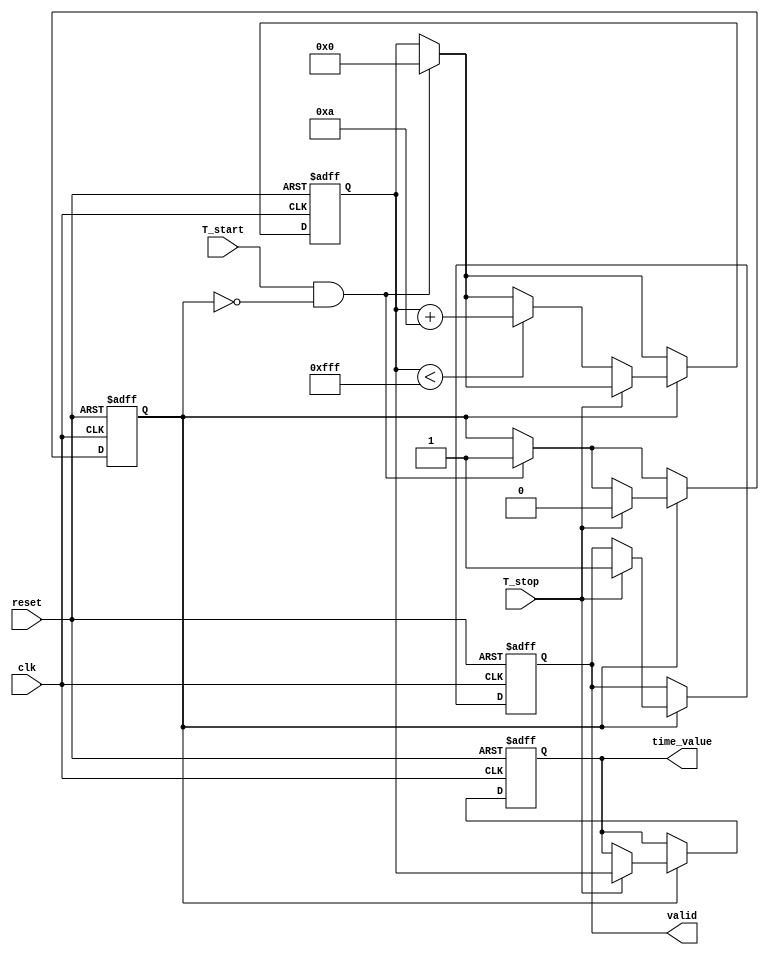
module TDC (
    input wire clk,                 // System clock
    input wire reset,               // Reset signal
    input wire T_start,             // Start signal
    input wire T_stop,              // Stop signal
    output reg [11:0] time_value,   // Digital output value (12-bit)
    output reg valid                // Output valid signal
);

    // Parameters for the charging and discharging process
    parameter CHARGE_RATE = 10;    // Voltage charge increment per clock
    parameter MAX_COUNT = 4095;     // Maximum count for 12-bit resolution

    reg [11:0] voltage_level;        // Holds the voltage level converted to digital
    reg charging;                    // Status of the charging process
    reg [11:0] count;                // Counter for modulation of voltage

    // Control Logic
    always @(posedge clk or posedge reset) begin
        if (reset) begin
            time_value <= 12'b0;      // Reset the output value
            valid <= 1'b0;            // Reset valid flag
            voltage_level <= 12'b0;   // Reset voltage level
            charging <= 1'b0;          // Reset charging state
            count <= 12'b0;            // Reset counter
        end else begin
            if (T_start && !charging) begin
                charging <= 1'b1;      // Start charging when T_start is detected
                voltage_level <= 12'b0; // Reset voltage level
                count <= 12'b0;         // Reset count
            end

            if (charging) begin
                if (T_stop) begin
                    charging <= 1'b0; // Stop charging
                    time_value <= voltage_level; // Capture time value
                    valid <= 1'b1;    // Set valid flag
                end else begin
                    // Charge the voltage level
                    if (voltage_level < MAX_COUNT) begin
                        voltage_level <= voltage_level + CHARGE_RATE; // Increment voltage level
                        count <= count + 1; // Increment counter for time
                    end
                end
            end
        end
    end
endmodule